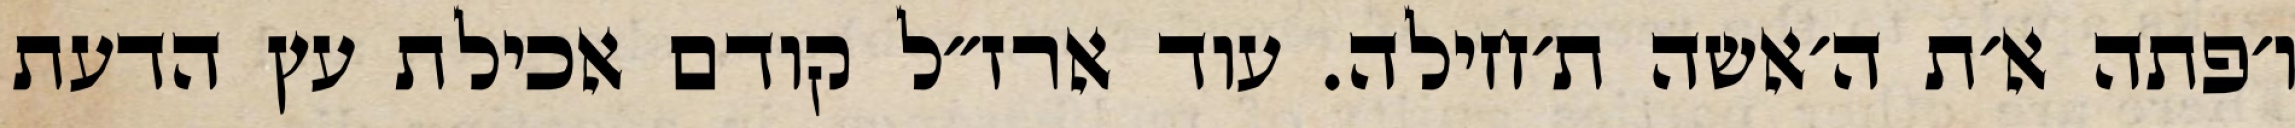
ו׳פתה א׳ת ה׳אשה ת׳חילה. עוד ארז״ל קודם אכילת עץ הדעת